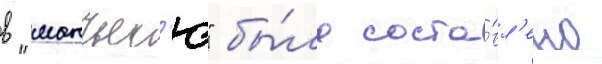
в "манъес'ю" бы́ло соста́вл'ено